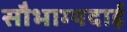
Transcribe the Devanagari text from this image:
सौभाग्यदाई